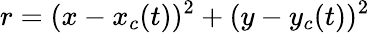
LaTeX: r=(x-x_{c}(t))^{2}+(y-y_{c}(t))^{2}